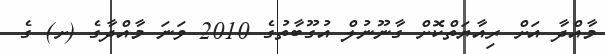
މާއްދާ އަށް ރިއާޔަތްކޮށް ގާނޫނުލް އުގޫބާތުގެ 2010 ވަނަ މާއްދާގެ (ށ) ގެ